Indian journal of veterinary science and animal husbandry - Volumes 15-17, 1948-1951
Year: 1948
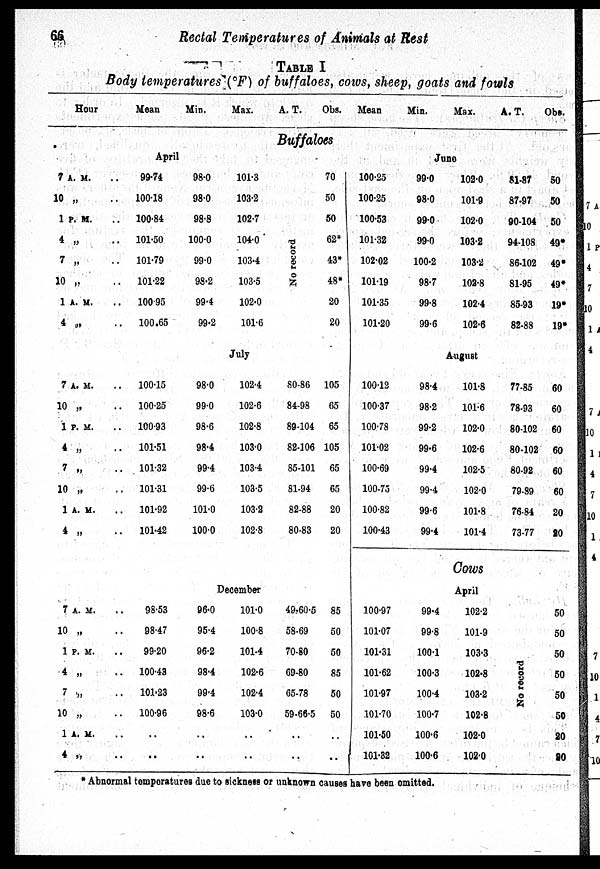
66
Rectal Temperatures of Animals at Rest
TABLE I
Body temperatures (ºF) of buffaloes, cows, sheep, goats and fowls
Hour
Mean
Min.
Max.
A. T.
Obs. Mean
Min.
Max.
A. T.
Obs.
Buffaloes
April
7 A. M.
10 „
1 P. M.
4 „
7 „
10 „
1 A. M.
4 „
99.74
100.18
100.84
101.50
101.79
101.22
100.95
100.65
98.0
98.0
98.8
100.0
99.0
98.2
99.4
99.2
101.3
103.2
102.7
104.0
103.4
103.5
102.0
101.6
No record
70
50
50
62*
43*
48*
20
20
July
7 A. M.
10 „
1 P. M.
4 „
7 „
10 „
1 A. M.
4 „
100.15
100.25
100.93
101.51
101.32
101.31
101.92
101.42
98.0
99.0
98.6
98.4
99.4
99.6
101.0
100.0
102.4
102.6
102.8
103.0
103.4
103.5
103.2
102.8
80.86
84.98
89.104
82.106
85.101
81.94
82.88
80.83
105
65
65
105
65
65
20
20
June
100.25
100.25
100.53
101.32
102.02
101.19
101.35
101.20
99.0
98.0
99.0
99.0
100.2
98.7
99.8
99.6
102.0
101.9
102.0
103.2
103.2
102.8
102.4
102.6
81.87
87.97
90.104
94.108
86.102
81.95
85.93
82.88
50
50
50
49*
49*
49*
19*
19*
August
100.12
100.37
100.78
101.02
100.69
100.75
100.82
100.43
98.4
98.2
99.2
99.6
99.4
99.4
99.6
99.4
101.8
101.6
102.0
102.6
102.5
102.0
101.8
101.4
77.85
78.93
80.102
80.102
80.92
79.89
76.84
73.77
60
60
60
60
60
60
20
20
Cows
December
7 A. M.
10 „
1 P. M.
4 „
7 „
10 „
1 A. M.
4 „
98.53
98.47
99.20
100.43
101.23
100.96
..
..
96.0
95.4
96.2
98.4
99.4
98.6
..
..
101.0
100.8
101.4
102.6
102.4
103.0
..
..
49..60.5
58.69
70.80
69.80
65.78
59.66.5
. .
85
50
50
85
50
50
. .
April
100.97
101.07
101.31
101.62
101.97
101.70
101.50
101.32
99.4
99.8
100.1
100.3
100.4
100.7
100.6
100.6
102.2
101.9
103.3
102.8
103.2
102.8
102.0
102.0
No record
50
50
50
50
50
50
20
90
* Abnormal temperatures due to sickness or unknown causes have been omitted.